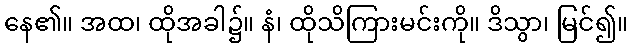
နေ၏။ အထ၊ ထိုအခါ၌။ နံ၊ ထိုသိကြားမင်းကို။ ဒိသွာ၊ မြင်၍။